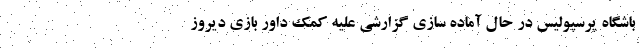
باشگاه پرسپولیس در حال آماده سازی گزارشی علیه کمک داور بازی دیروز